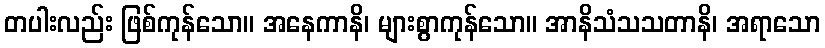
တပါးလည်း ဖြစ်ကုန်သော။ အနေကာနိ၊ များစွာကုန်သော။ အာနိသံသသတာနိ၊ အရာသော